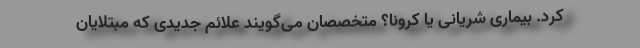
کرد. بیماری شریانی یا کرونا؟ متخصصان می‌گویند علائم جدیدی که مبتلایان